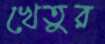
খেতুর